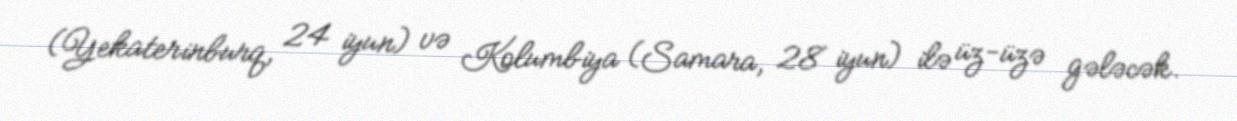
(Yekaterinburq, 24 iyun) və Kolumbiya (Samara, 28 iyun) ilə üz-üzə gələcək.